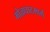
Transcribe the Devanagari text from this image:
मोळघाटमार्गे